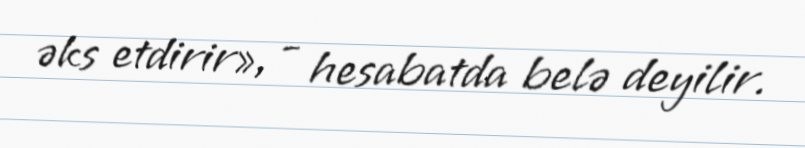
əks etdirir», - hesabatda belə deyilir.